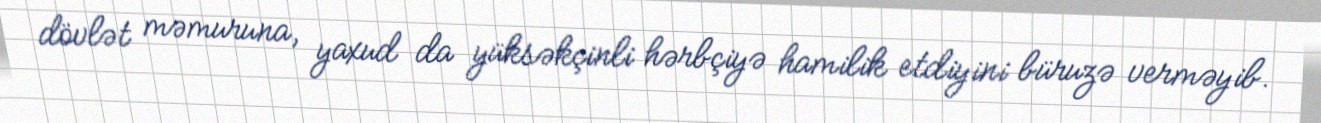
dövlət məmuruna, yaxud da yüksəkçinli hərbçiyə hamilik etdiyini büruzə verməyib.